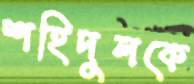
শহিদুলকে